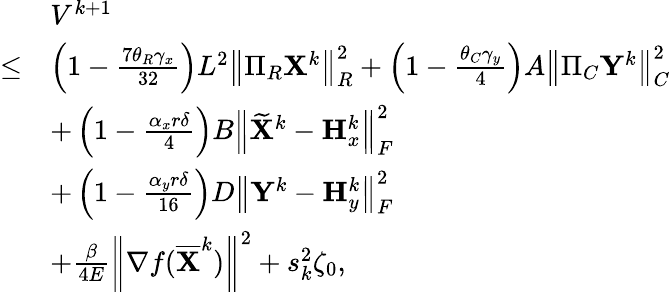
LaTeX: \begin{array}{rl}&{V^{k+1}}\\ {\leq}&{\left(1-\frac{7\theta_{R}\gamma_{x}}{32}\right)L^{2}\left\| \Pi_{R}{\mathbf{X}}^{k}\right\| _{R}^{2}+\left(1-\frac{\theta_{C}\gamma_{y}}{4}\right)A\left\| \Pi_{C}{\mathbf{Y}}^{k}\right\| _{C}^{2}}\\ &{+\left(1-\frac{\alpha_{x}r\delta}{4}\right)B\left\| \widetilde{{\mathbf{X}}}^{k}-{\mathbf{H}}_{x}^{k}\right\| _{F}^{2}}\\ &{+\left(1-\frac{\alpha_{y}r\delta}{16}\right)D\left\| {\mathbf{Y}}^{k}-{\mathbf{H}}_{y}^{k}\right\| _{F}^{2}}\\ &{+\frac{\beta}{4E}\left\| \nabla f(\overline{{{\mathbf{X}}}}^{k})\right\| ^{2}+s_{k}^{2}\zeta_{0},}\end{array}